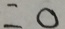
= 0